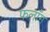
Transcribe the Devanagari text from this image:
फलाँग